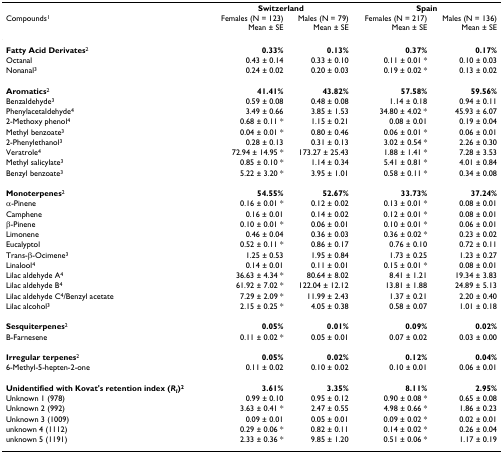
<table><thead><tr><td></td><td colspan="2"><b>Switzerland</b></td><td colspan="2"><b>Spain</b></td></tr><tr><td><b>Compounds<sup>1</sup></b></td><td><b>Females (N = 123)Mean ± SE</b></td><td><b>Males (N = 79)Mean ± SE</b></td><td><b>Females (N = 217)Mean ± SE</b></td><td><b>Males (N = 136)Mean ± SE</b></td></tr></thead><tbody><tr><td><b>Fatty Acid Derivates</b><sup>2</sup></td><td><b>0.33%</b></td><td><b>0.13%</b></td><td><b>0.37%</b></td><td><b>0.17%</b></td></tr><tr><td>Octanal</td><td>0.43 ± 0.14</td><td>0.33 ± 0.10</td><td>0.11 ± 0.01 *</td><td>0.10 ± 0.03</td></tr><tr><td>Nonanal<sup>3</sup></td><td>0.24 ± 0.02</td><td>0.20 ± 0.03</td><td>0.19 ± 0.02 *</td><td>0.13 ± 0.02</td></tr><tr><td><b>Aromatics</b><sup>2</sup></td><td><b>41.41%</b></td><td><b>43.82%</b></td><td><b>57.58%</b></td><td><b>59.56%</b></td></tr><tr><td>Benzaldehyde<sup>3</sup></td><td>0.59 ± 0.08</td><td>0.48 ± 0.08</td><td>1.14 ± 0.18</td><td>0.94 ± 0.11</td></tr><tr><td>Phenylacetaldehyde<sup>4</sup></td><td>3.49 ± 0.66</td><td>3.85 ± 1.53</td><td>34.80 ± 4.02 *</td><td>45.93 ± 6.07</td></tr><tr><td>2-Methoxy phenol<sup>4</sup></td><td>0.68 ± 0.11 *</td><td>1.15 ± 0.21</td><td>0.08 ± 0.01</td><td>0.19 ± 0.04</td></tr><tr><td>Methyl benzoate<sup>3</sup></td><td>0.04 ± 0.01 *</td><td>0.80 ± 0.46</td><td>0.06 ± 0.01 *</td><td>0.06 ± 0.01</td></tr><tr><td>2-Phenylethanol<sup>3</sup></td><td>0.28 ± 0.13</td><td>0.31 ± 0.13</td><td>3.02 ± 0.54 *</td><td>2.26 ± 0.30</td></tr><tr><td>Veratrole<sup>4</sup></td><td>72.94 ± 14.95 *</td><td>173.27 ± 25.43</td><td>1.88 ± 1.41 *</td><td>7.28 ± 3.53</td></tr><tr><td>Methyl salicylate<sup>3</sup></td><td>0.85 ± 0.10 *</td><td>1.14 ± 0.34</td><td>5.41 ± 0.81 *</td><td>4.01 ± 0.84</td></tr><tr><td>Benzyl benzoate<sup>3</sup></td><td>5.22 ± 3.20 *</td><td>3.95 ± 1.01</td><td>0.58 ± 0.11 *</td><td>0.34 ± 0.08</td></tr><tr><td><b>Monoterpenes</b><sup>2</sup></td><td><b>54.55%</b></td><td><b>52.67%</b></td><td><b>33.73%</b></td><td><b>37.24%</b></td></tr><tr><td>α-Pinene</td><td>0.16 ± 0.01 *</td><td>0.12 ± 0.02</td><td>0.13 ± 0.01 *</td><td>0.08 ± 0.01</td></tr><tr><td>Camphene</td><td>0.16 ± 0.01</td><td>0.14 ± 0.02</td><td>0.12 ± 0.01 *</td><td>0.08 ± 0.01</td></tr><tr><td>β-Pinene</td><td>0.10 ± 0.01 *</td><td>0.06 ± 0.01</td><td>0.10 ± 0.01 *</td><td>0.06 ± 0.01</td></tr><tr><td>Limonene</td><td>0.46 ± 0.04</td><td>0.36 ± 0.03</td><td>0.36 ± 0.02 *</td><td>0.23 ± 0.02</td></tr><tr><td>Eucalyptol</td><td>0.52 ± 0.11 *</td><td>0.86 ± 0.17</td><td>0.76 ± 0.10</td><td>0.72 ± 0.11</td></tr><tr><td>Trans-β-Ocimene<sup>3</sup></td><td>1.25 ± 0.53</td><td>1.95 ± 0.84</td><td>1.73 ± 0.25</td><td>1.23 ± 0.27</td></tr><tr><td>Linalool<sup>4</sup></td><td>0.14 ± 0.01</td><td>0.11 ± 0.01</td><td>0.15 ± 0.01 *</td><td>0.08 ± 0.01</td></tr><tr><td>Lilac aldehyde A<sup>4</sup></td><td>36.63 ± 4.34 *</td><td>80.64 ± 8.02</td><td>8.41 ± 1.21</td><td>19.34 ± 3.83</td></tr><tr><td>Lilac aldehyde B<sup>4</sup></td><td>61.92 ± 7.02 *</td><td>122.04 ± 12.12</td><td>13.81 ± 1.88</td><td>24.89 ± 5.13</td></tr><tr><td>Lilac aldehyde C<sup>4</sup>/Benzyl acetate</td><td>7.29 ± 2.09 *</td><td>11.99 ± 2.43</td><td>1.37 ± 0.21</td><td>2.20 ± 0.40</td></tr><tr><td>Lilac alcohol<sup>3</sup></td><td>2.15 ± 0.25 *</td><td>4.05 ± 0.38</td><td>0.58 ± 0.07</td><td>1.01 ± 0.18</td></tr><tr><td><b>Sesquiterpenes</b><sup>2</sup></td><td><b>0.05%</b></td><td><b>0.01%</b></td><td><b>0.09%</b></td><td><b>0.02%</b></td></tr><tr><td>B-Farnesene</td><td>0.11 ± 0.02 *</td><td>0.05 ± 0.01</td><td>0.07 ± 0.02</td><td>0.03 ± 0.00</td></tr><tr><td><b>Irregular terpenes</b><sup>2</sup></td><td><b>0.05%</b></td><td><b>0.02%</b></td><td><b>0.12%</b></td><td><b>0.04%</b></td></tr><tr><td>6-Methyl-5-hepten-2-one</td><td>0.11 ± 0.02</td><td>0.10 ± 0.02</td><td>0.10 ± 0.01</td><td>0.06 ± 0.01</td></tr><tr><td><b>Unidentified with Kovat&#x27;s retention index (<i>R</i><sub><i>I</i></sub>)<sup>2</sup></b></td><td><b>3.61%</b></td><td><b>3.35%</b></td><td><b>8.11%</b></td><td><b>2.95%</b></td></tr><tr><td>Unknown 1 (978)</td><td>0.99 ± 0.10</td><td>0.95 ± 0.12</td><td>0.90 ± 0.08 *</td><td>0.65 ± 0.08</td></tr><tr><td>Unknown 2 (992)</td><td>3.63 ± 0.41 *</td><td>2.47 ± 0.55</td><td>4.98 ± 0.66 *</td><td>1.86 ± 0.23</td></tr><tr><td>Unknown 3 (1009)</td><td>0.09 ± 0.01</td><td>0.05 ± 0.01</td><td>0.09 ± 0.02 *</td><td>0.02 ± 0.01</td></tr><tr><td>unknown 4 (1112)</td><td>0.29 ± 0.06 *</td><td>0.82 ± 0.11</td><td>0.14 ± 0.02 *</td><td>0.26 ± 0.04</td></tr><tr><td>unknown 5 (1191)</td><td>2.33 ± 0.36 *</td><td>9.85 ± 1.20</td><td>0.51 ± 0.06 *</td><td>1.17 ± 0.19</td></tr></tbody></table>